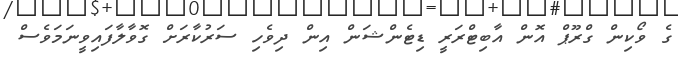
ގެ ވޯކިން ގްރޫޕް އޮން އާބިޓްރަރީ ޑިޓެންޝަން އިން ދިވެހި ސަރުކާރަށް ގޮވާލާފައިވީނަމަވެސް